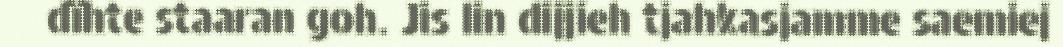
dïhte staaran goh. Jis lin dijjieh tjahkasjamme saemiej